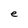
Character: e